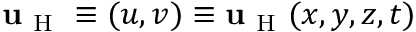
\mathbf { u } _ { \mathrm { ~ H ~ } } \equiv ( u , v ) \equiv \mathbf { u } _ { \mathrm { ~ H ~ } } ( x , y , z , t )